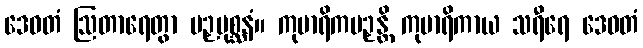
ဒေဝတံ ဩတာရေတွာ ပဉှပုစ္ဆနံ။ ကုမာရိကပဉှန္တိ ကုမာရိကာယ သရီရေ ဒေဝတံ